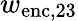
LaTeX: w_{\mathrm{enc},23}